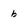
Character: b